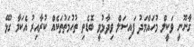
ގާނޫނީ ވަކީލް މުހައްމަދު ފައިސަލް ވިދާޅުވީ ބޮޑެތި ތުހުމަތުތަކެއް ކުރާއިރު އެކަމާ ގުޅޭ